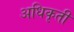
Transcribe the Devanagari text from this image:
अधिकृती